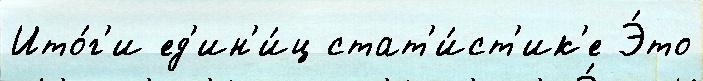
Ито́г'и ед'ин'и́ц стат'и́ст'ик'е Э́то